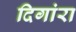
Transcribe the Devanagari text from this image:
दिगांरा